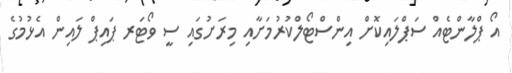
އޯ ޕްލާންޓެއް ސަޕްލައިކޮށް އިންސްޓޯލްކުރުމަށާއި މިރަށުގައި ސީ ވޯޓަރ ޕައިޕް ލައިން އެޅުމުގެ